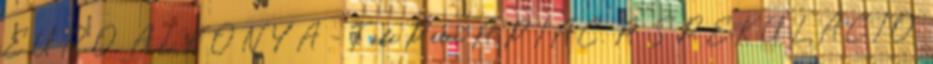
EURO ALKONYA - Tőke Péter A PIAC, A SPEKULÁCIO